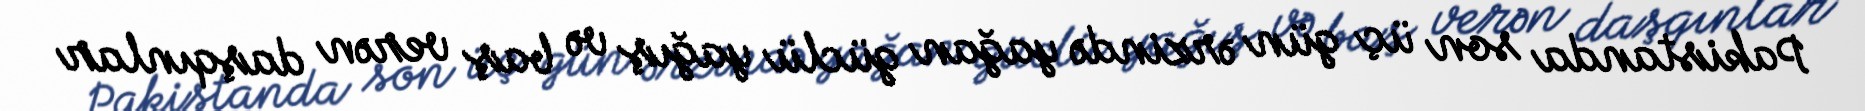
Pakistanda son üç gün ərzində yağan güclü yağış və baş verən daşqınlar